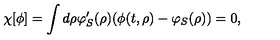
\chi [ \phi ] = \int d \rho \varphi _ { S } ^ { \prime } ( \rho ) ( \phi ( t , \rho ) - \varphi _ { S } ( \rho ) ) = 0 ,